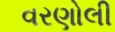
વરણોલી